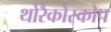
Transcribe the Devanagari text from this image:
थोरैकोस्कोप